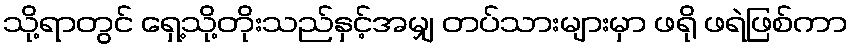
သို့ရာတွင် ရှေ့သို့တိုးသည်နှင့်အမျှ တပ်သားများမှာ ဖရို ဖရဲဖြစ်ကာ